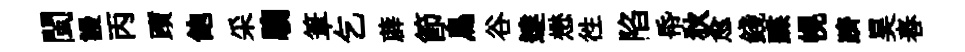
閩謾丙躓飽采騶筆乞薜節鳥谷達懋徃陷帋狄愈錢蹀幌躋昊舂